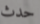
حدث